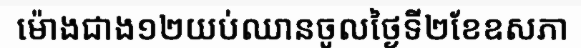
ម៉ោងជាង១២យប់ឈានចូលថ្ងៃទី២ខែឧសភា